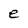
Character: e